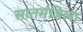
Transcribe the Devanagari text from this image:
सातमंजिला